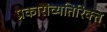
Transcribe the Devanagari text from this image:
प्रकारांव्यतिरिक्त